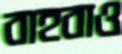
বাহবাও